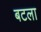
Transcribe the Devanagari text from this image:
बटला